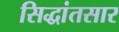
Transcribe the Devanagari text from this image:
सिद्धांतसार